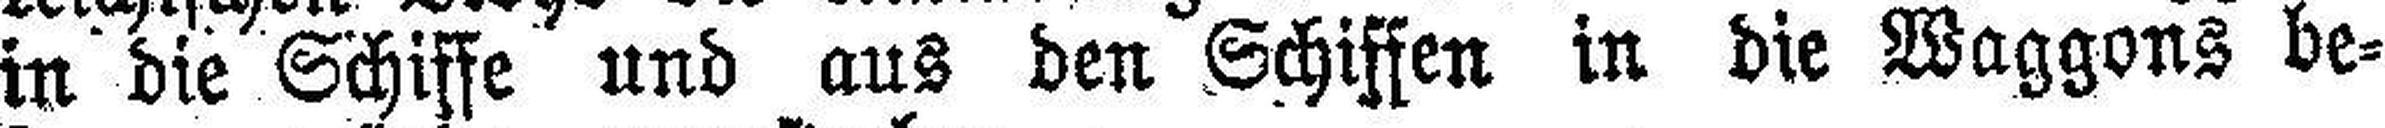
in die Schisse und aus den Schiffen in die Waggons be¬